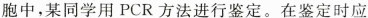
胞中，某同学用PCR方法进行鉴定。在鉴定时应